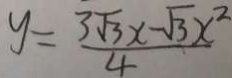
y = \frac { 3 \sqrt { 3 } x - \sqrt { 3 } x ^ { 2 } } { 4 }